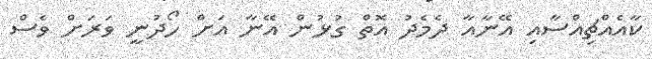
ކާއެއްޗިއްސާއި އޭނާއާ ދެމެދު އޮތް ގުޅުން އޭނާ އަށް ހޯދުނީ ވަރަށް ވެސް